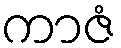
ကာဇံ